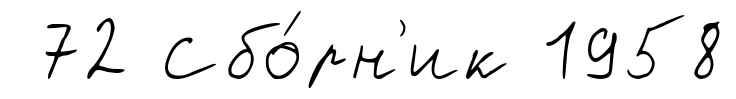
72 Сбо́рн'ик 1958